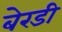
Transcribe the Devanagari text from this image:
बेरडी